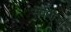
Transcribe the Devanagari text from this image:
सेवपीड़ा